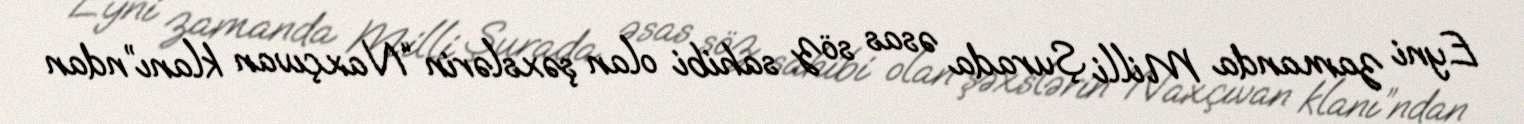
Eyni zamanda Milli Şurada əsas söz sahibi olan şəxslərin “Naxçıvan klanı”ndan